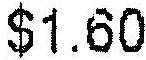
$1.60